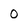
Character: o